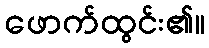
ဖောက်ထွင်း၏။